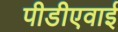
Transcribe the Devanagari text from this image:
पीडीएवाई